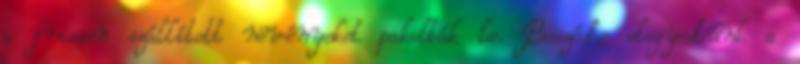
a frissen szállított növényeket pakolták le. Beszédbe elegyedtünk a